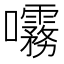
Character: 𫝞